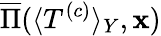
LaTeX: \overline{{\Pi}}(\langle T^{\left(c\right)}\rangle_{Y},\mathbf{x})